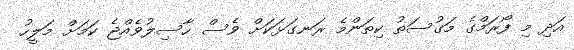
އަދި މި ފޯރަމްގެ މަގުސަތު ކިތަންމެ ރަނގަޅަކަށް ވެސް ހާސިލުވެއްޖެ ކަމަށް މަލީހު